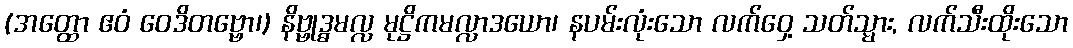
(အတ္ထော ဧဝံ ဝေဒိတဗ္ဗော၊) နိဗ္ဗုဒ္ဓမလ္လ မုဋ္ဌိကမလ္လာဒယော၊ နပမ်းလုံးသော လက်ဝှေ့ သတ်သ္မား, လက်သီးထိုးသော